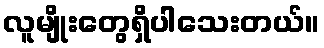
လူမျိုးတွေရှိပါသေးတယ်။